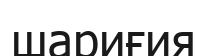
шариғия